Vaccination United Provinces of Agra and Oudh 1923-1928 - 1923-1928
Year: 1923
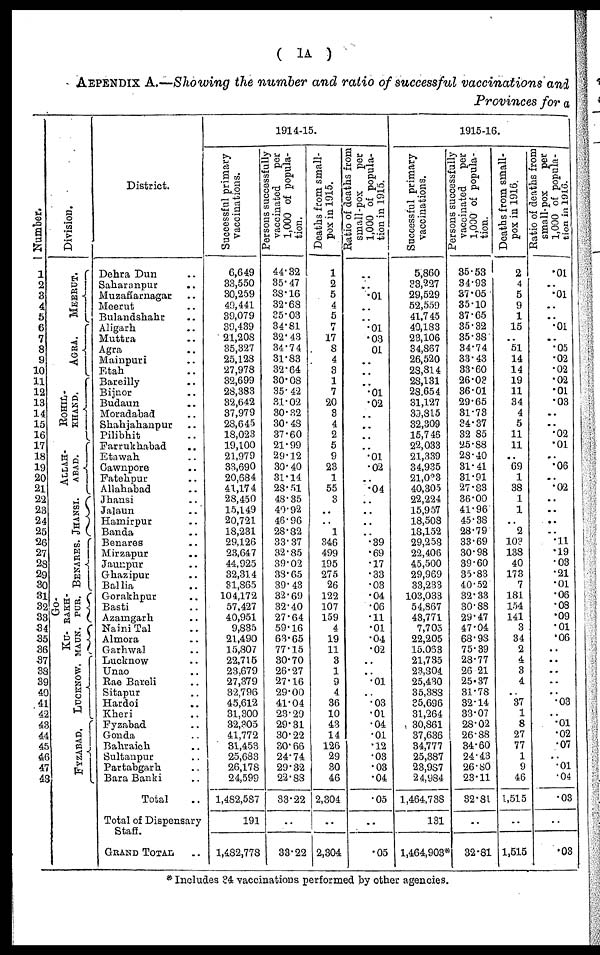
( 1A )
AEPENDIX A.—Showing the number and ratio of successful vaccinations and
Provinces for a
Number.
1
2
3
4
5
6
7
8
9
10
11
12
13
14
15
16
17
18
19
20
21
22
23
24
25
26
27
28
29
30
31
32
33
34
35
36
37
38
39
40
41
42
43
44
45
46
47
48
Division.
MEERUT.
AGRA.
ROHIL-
KHAND.
ALLAH-
----.
JHANSI.
BENARES.
GO-
RAKH-
PUR.
KU-
MAUN.
LUCKNOW.
FYZABAD.
District.
Dehra Dun ..
Saharanpur ..
Muzaffarnagar ..
Meerut ..
Bulandshahr ..
Aligarh ..
Muttra ..
Agra ..
Mainpuri ..
Etah ..
Bareilly ..
Bijnor ..
Budaun ..
Moradabad ..
Shahjahanpur ..
Pilibhit ..
Farrukhabad ..
Etawah ..
Cawnpore ..
Fatehpur ..
Allahabad ..
Jhansi ..
Jalaun ..
Hamirpur ..
Banda ..
Benares ..
Mirzapur ..
Jaunpur ..
Ghazipur ..
Ballia ..
Gorakhpur ..
Basti ..
Azamgarh ..
NainiTal ..
Almora ..
Garhwal ..
Lucknow ..
Unao ..
Rae Bareli ..
Sitapur ..
Hardoi ..
Kheri ..
Fyzabad ..
Gonda ..
Bahraich ..
Sultanpur ..
Partabgarh ..
Bara Banki ..
Total ..
Total of Dispensary
Staff.
GRAND TOTAL ..
1914-15.
Successful primary
vaccinations.
6,649
33,550
30,259
40,441
39,079
39,439
21,208
35,327
25,128
27,978
32,699
28,383
32,642
37,979
28,645
18,023
19,100
21,979
33,690
20,684
41,174
28,450
15,149
20,721
18,231
29,126
23,647
44,925
32,314
31,865
104,172
57,427
40,951
9,835
21,490
15,807
22,715
23,679
27,379
32,796
45,612
31,300
32,305
41,772
31,453
25,683
26,178
24,599
1,482,587
191
1,482,778
Persons successfully
vaccinated
per
1,000 of popula-
tion.
44.32
35.47
38.16
32.68
35.03
34.81
32.43
34.74
31.83
32.64
30.08
35.42
31.02
30.32
30.48
37.60
21.99
29.12
30.40
31.14
28.51
48.35
40.92
46.96
28.82
33.37
32.85
39.02
38.65
39.43
32.69
32.40
27.64
59.16
63.65
77.15
30.70
26.27
27.16
29.00
41.04
23.29
29.31
30.22
30.66
24.74
29.32
22.88
33.22
..
33.22
Deaths from small-
pox in 1915.
1
2
5
4
5
7
17
8
4
3
1
7
20
8
4
2
5
9
23
1
55
3
..
..
1
346
499
195
275
26
122
107
159
4
19
11
3
1
9
4
36
10
43
14
126
29
30
46
2,304
..
2,304
Ratio of deaths from
small-pox
per
1,000 of popula-
tion in 1915.
..
..
01
..
..
.01
.03
01
..
..
..
.01
.02
..
..
..
..
.01
.02
..
.04
..
..
..
..
.39
.69
.17
.33
.03
.04
.06
.11
.01
.04
.02
..
..
.01
..
.03
.01
.04
.01
.12
.03
.03
.04
.05
..
.05
1915-16.
Successful primary
vaccinations.
5,860
33,227
29,529
52,559
41,745
40,183
23,106
34,867
26,520
28,814
28,131
28,654
31,127
30,315
32,309
15,746
22,033
21,339
34,935
21,033
40,305
22,224
15,957
18,508
18,152
29,258
22,406
45,500
29,969
33,233
103,033
54,867
43,771
7,705
22,205
15,063
21,735
23,304
25,430
35,383
35,696
31,264
30,861
37,636
34,777
25,387
23,987
24,984
1,464,738
131
1,464,903*
Persons successfully
vaccinated
per
1,000 of popula-
tion.
35.53
34.93
37.05
35.10
37.65
35.32
35.38
34.74
33.43
33.60
26.03
36.01
29.65
31.73
34.37
32.85
25.88
28.40
31.41
31.91
27.83
36.00
41.96
45.38
28.79
33.69
30.98
39.60
35.83
40.52
32.33
30.88
29.47
47.04
68.98
75.39
28.77
26.21
25.37
31.78
32.14
33.07
28.02
26.88
34.60
24.43
26.80
23.11
32.81
..
32.81
Deaths from small-
pox in 1916.
2
4
5
9
1
15
..
51
14
14
19
11
34
4
5
11
11
..
69
1
38
1
1
..
2
103
138
40
173
7
181
154
141
3
34
2
4
3
4
..
37
1
8
27
77
1
9
46
1,515
..
1,515
Ratio of deaths from
small-pox
per
1,000 of popula-
tion in 1916.
.01
..
.01
..
..
.01
..
.05
.02
.02
.02
.01
.03
..
..
.02
.01
..
.06
..
.02
..
..
..
..
.11
.19
.03
.21
.01
.06
.08
.09
.01
.06
..
..
..
..
..
.03
..
.01
.02
.07
..
.01
.04
.03
..
.03
* Includes 34 vaccinations performed by other agencies.